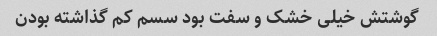
گوشتش خیلی خشک و سفت بود سسم کم گذاشته بودن